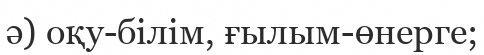
ә) оқу-білім, ғылым-өнерге;